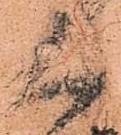
く